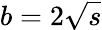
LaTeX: b=2\sqrt{s}